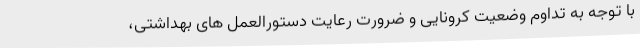
با توجه به تداوم وضعیت کرونایی و ضرورت رعایت دستورالعمل های بهداشتی،